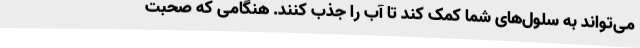
می‌تواند به سلول‌های شما کمک کند تا آب را جذب کنند. هنگامی که صحبت